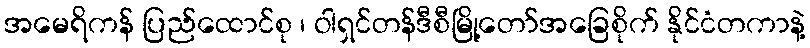
အမေရိကန် ပြည်ထောင်စု ၊ ဝါရှင်တန်ဒီစီမြို့တော်အခြေစိုက် နိုင်ငံတကာနဲ့